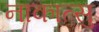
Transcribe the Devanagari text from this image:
नाकात्सु